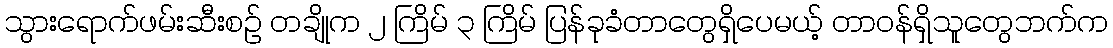
သွားရောက်ဖမ်းဆီးစဉ် တချိုက ၂ ကြိမ် ၃ ကြိမ် ပြန်ခုခံတာတွေရှိပေမယ့် တာဝန်ရှိသူတွေဘက်က